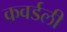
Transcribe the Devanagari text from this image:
कवर्डली